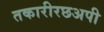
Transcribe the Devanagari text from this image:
तकारीरछअपी